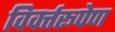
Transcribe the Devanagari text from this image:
विवर्त्तरूपेण